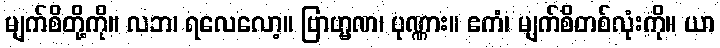
မျက်စိတို့ကို။ လဘ၊ ရလေလော့။ ဗြာဟ္မဏ၊ ပုဏ္ဏား။ ဧကံ၊ မျက်စိတစ်လုံးကို။ ယာ